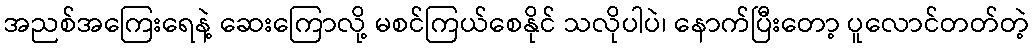
အညစ်အကြေးရေနဲ့ ဆေးကြောလို့ မစင်ကြယ်စေနိုင် သလိုပါပဲ၊ နောက်ပြီးတော့ ပူလောင်တတ်တဲ့